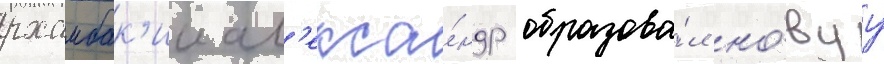
рхамбак'ии ал'екса́ндр образова́л но́вуу